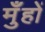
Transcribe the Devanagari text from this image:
मुँहों